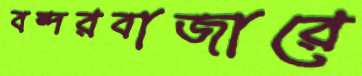
বন্দরবাজারে